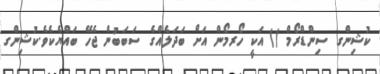
ކުޝިންގ ސިންޑްރޯމް () އަކީ ހޯރމޯން އަށް ބަދަލެއްގެ ސަބަބުން ޖެހޭ ބައްޔެކެވެ.ކުޝިންގ